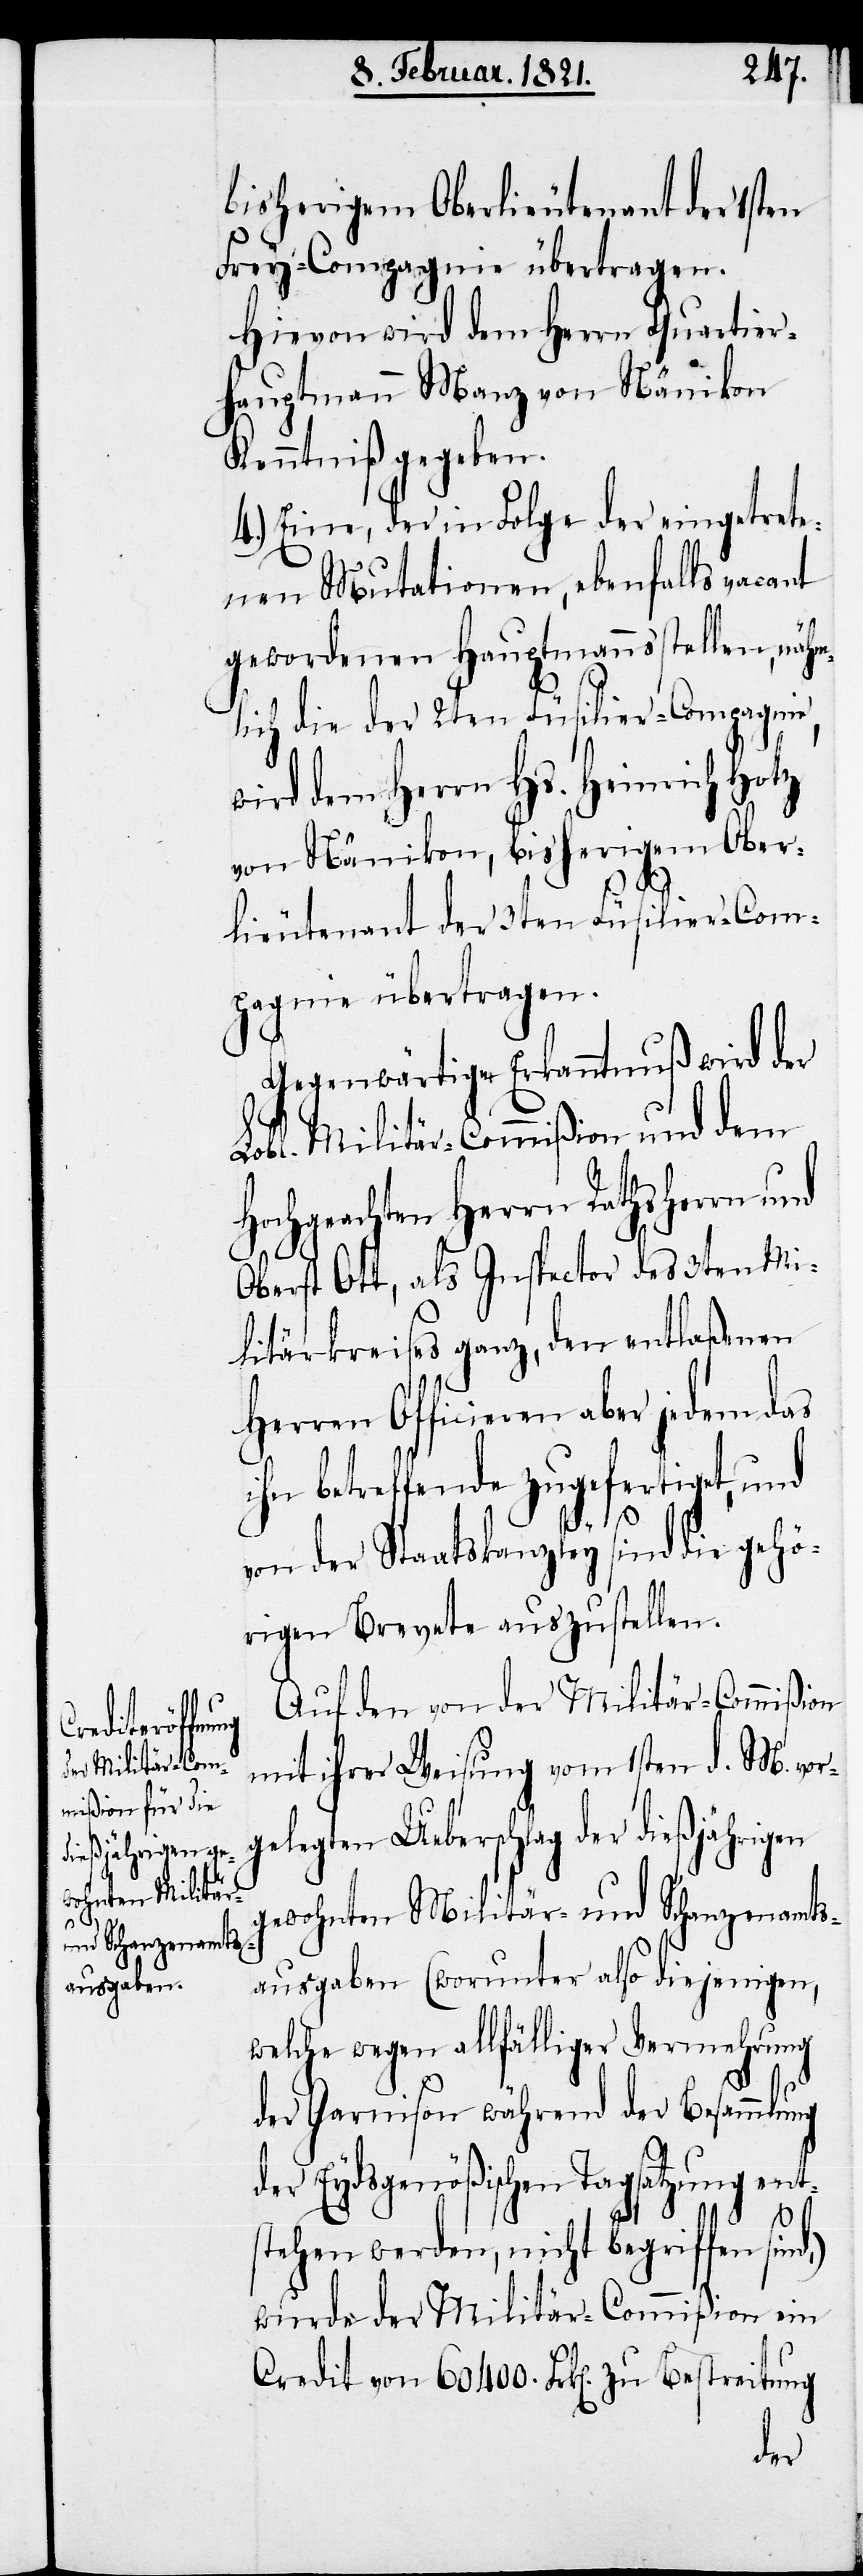
bisherigen Oberlieutenant der 1sten
Frey-Compagnie übertragen.
Hiervon wird dem Herrn Quartier¬
hauptmann Manz von Nänikon
Kenntniß gegeben.
4.) Eine, der in Folge der eingetrete¬
nen Mutationen, ebenfalls vacant
gewordenen Hauptmannsstellen, nähm¬
lich die der 2ten Füsilier-Compagnie,
wird dem Herrn Hs. Heinrich Hotz
von Nänikon, bisherigem Ober¬
lieutenant der 3ten Füsilier-Com¬
pagnie übertragen.
Gegenwärtige Erkenntnuß wird der
Lobl. Militär-Commißion und dem
Hochgeachten Herrn Rathsherrn und
Oberst Ott, als Inspector des 3ten Mi¬
litärkreises ganz, den entlaßenen
Herren Officieren aber jedem das
ihn betreffende zugefertiget, und
von der Staatskanzley sind die geh¬
örigen Brevete auszustellen.
Auf den von der Militär-Commißion
mit ihrer Weisung vom 1sten d. M. vor¬
gelegten Ueberschlag der dießjährigen
gewohnten Militär- und Schanzenamts¬
ausgaben (worunter also diejenigen,
welche wegen allfälliger Vermehrung
der Garnison während der Besammlung
der Eydsgenößischen Tagsatzung ent¬
d,)
stehen werden, nicht begriffen sin¬
wurde der Militär-Commißion ein
Credit von 60 400. Frk[en]. zu Bestreitung